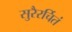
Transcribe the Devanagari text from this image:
सुरैरर्चितं